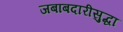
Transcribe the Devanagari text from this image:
जबाबदारीसुद्धा